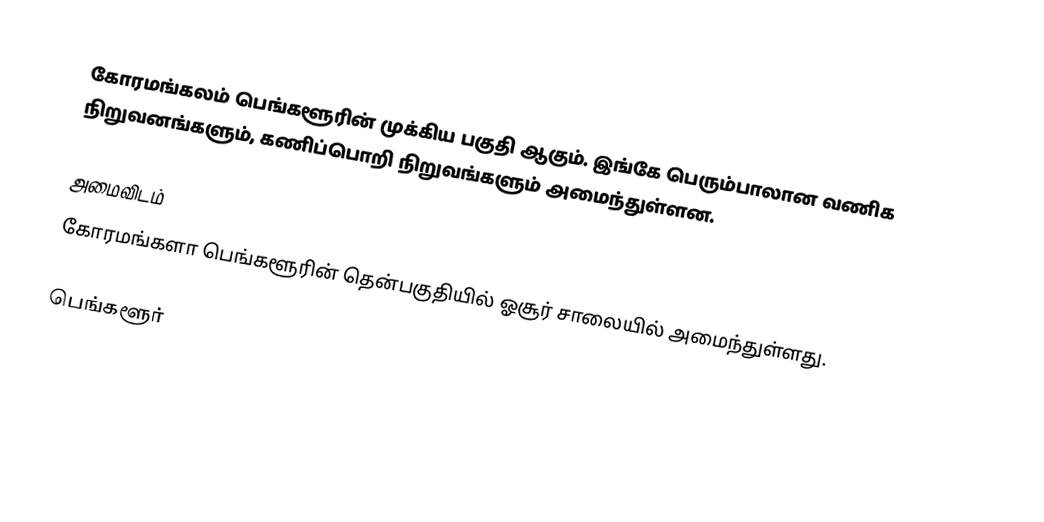
கோரமங்கலம் பெங்களூரின் முக்கிய பகுதி ஆகும். இங்கே பெரும்பாலான வணிக நிறுவனங்களும், கணிப்பொறி நிறுவங்களும் அமைந்துள்ளன.

அமைவிடம்
கோரமங்களா பெங்களூரின் தென்பகுதியில் ஓசூர் சாலையில் அமைந்துள்ளது.

பெங்களூர்